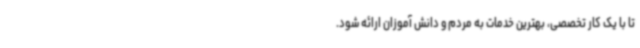
تا با یک کار تخصصی، بهترین خدمات به مردم و دانش آموزان ارائه شود.